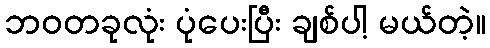
ဘဝတခုလုံး ပုံပေးပြီး ချစ်ပါ့ မယ်တဲ့။